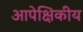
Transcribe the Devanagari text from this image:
आपेक्षिकीय